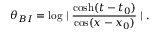
\theta _ { B I } = \log \mid \frac { \cosh ( t - t _ { 0 } ) } { \cos ( x - x _ { 0 } ) } \mid .